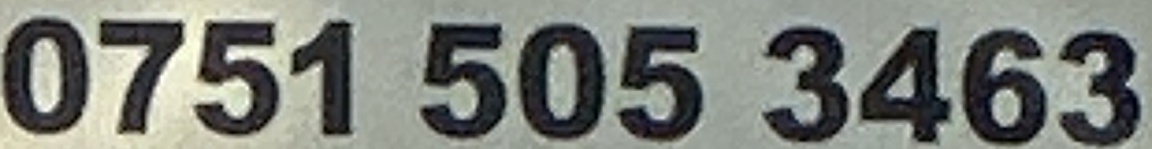
0751 505 3463